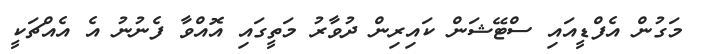
މަގުން އެފްޑީއައި ސްޓޭޝަން ކައިރިން ދުވާރު މަތީގައި އޮއްވާ ފެނުނު އެ އެއްޗަކީ